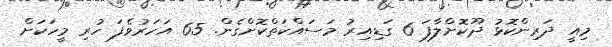
މިއީ ދަރިންކޮޅު ދޫކޮށްލާފަ 6 ގަޑިއިރު މަސައްކަތްކޮށްގެން. 65 އަހަރުވެފަ ހުރި މީހަކަށް